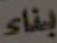
بناء